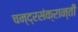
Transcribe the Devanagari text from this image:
चन्द्रसंक्रान्ती